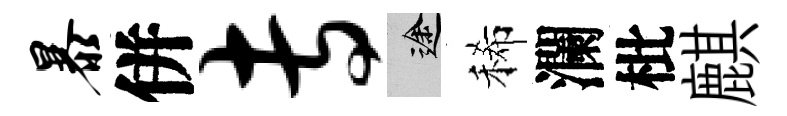
暴併专途稀瀾枇麒